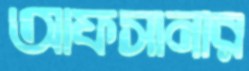
আফসানার